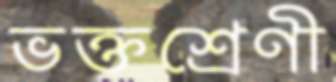
ভক্তশ্রেণী